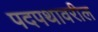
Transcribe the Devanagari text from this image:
पदपथावरील